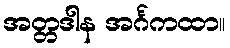
အတ္တဒါန အင်္ဂကထာ။